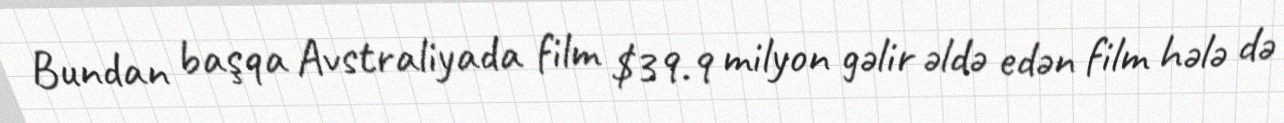
Bundan başqa Avstraliyada film $39.9 milyon gəlir əldə edən film hələ də